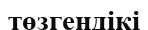
төзгендікі